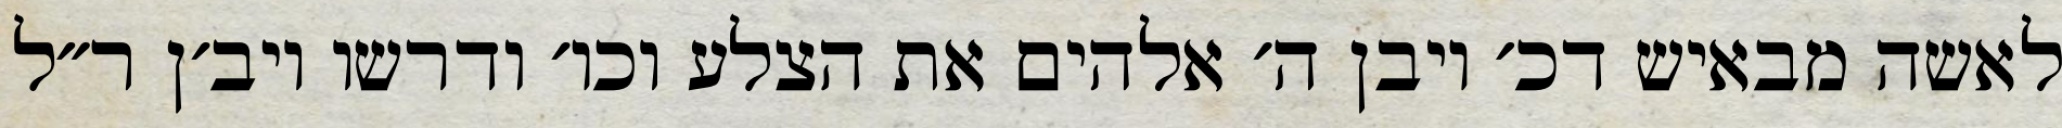
לאשה מבאיש דכ׳ ויבן ה׳ אלהים את הצלע וכו׳ ודרשו ויב׳ן ר״ל